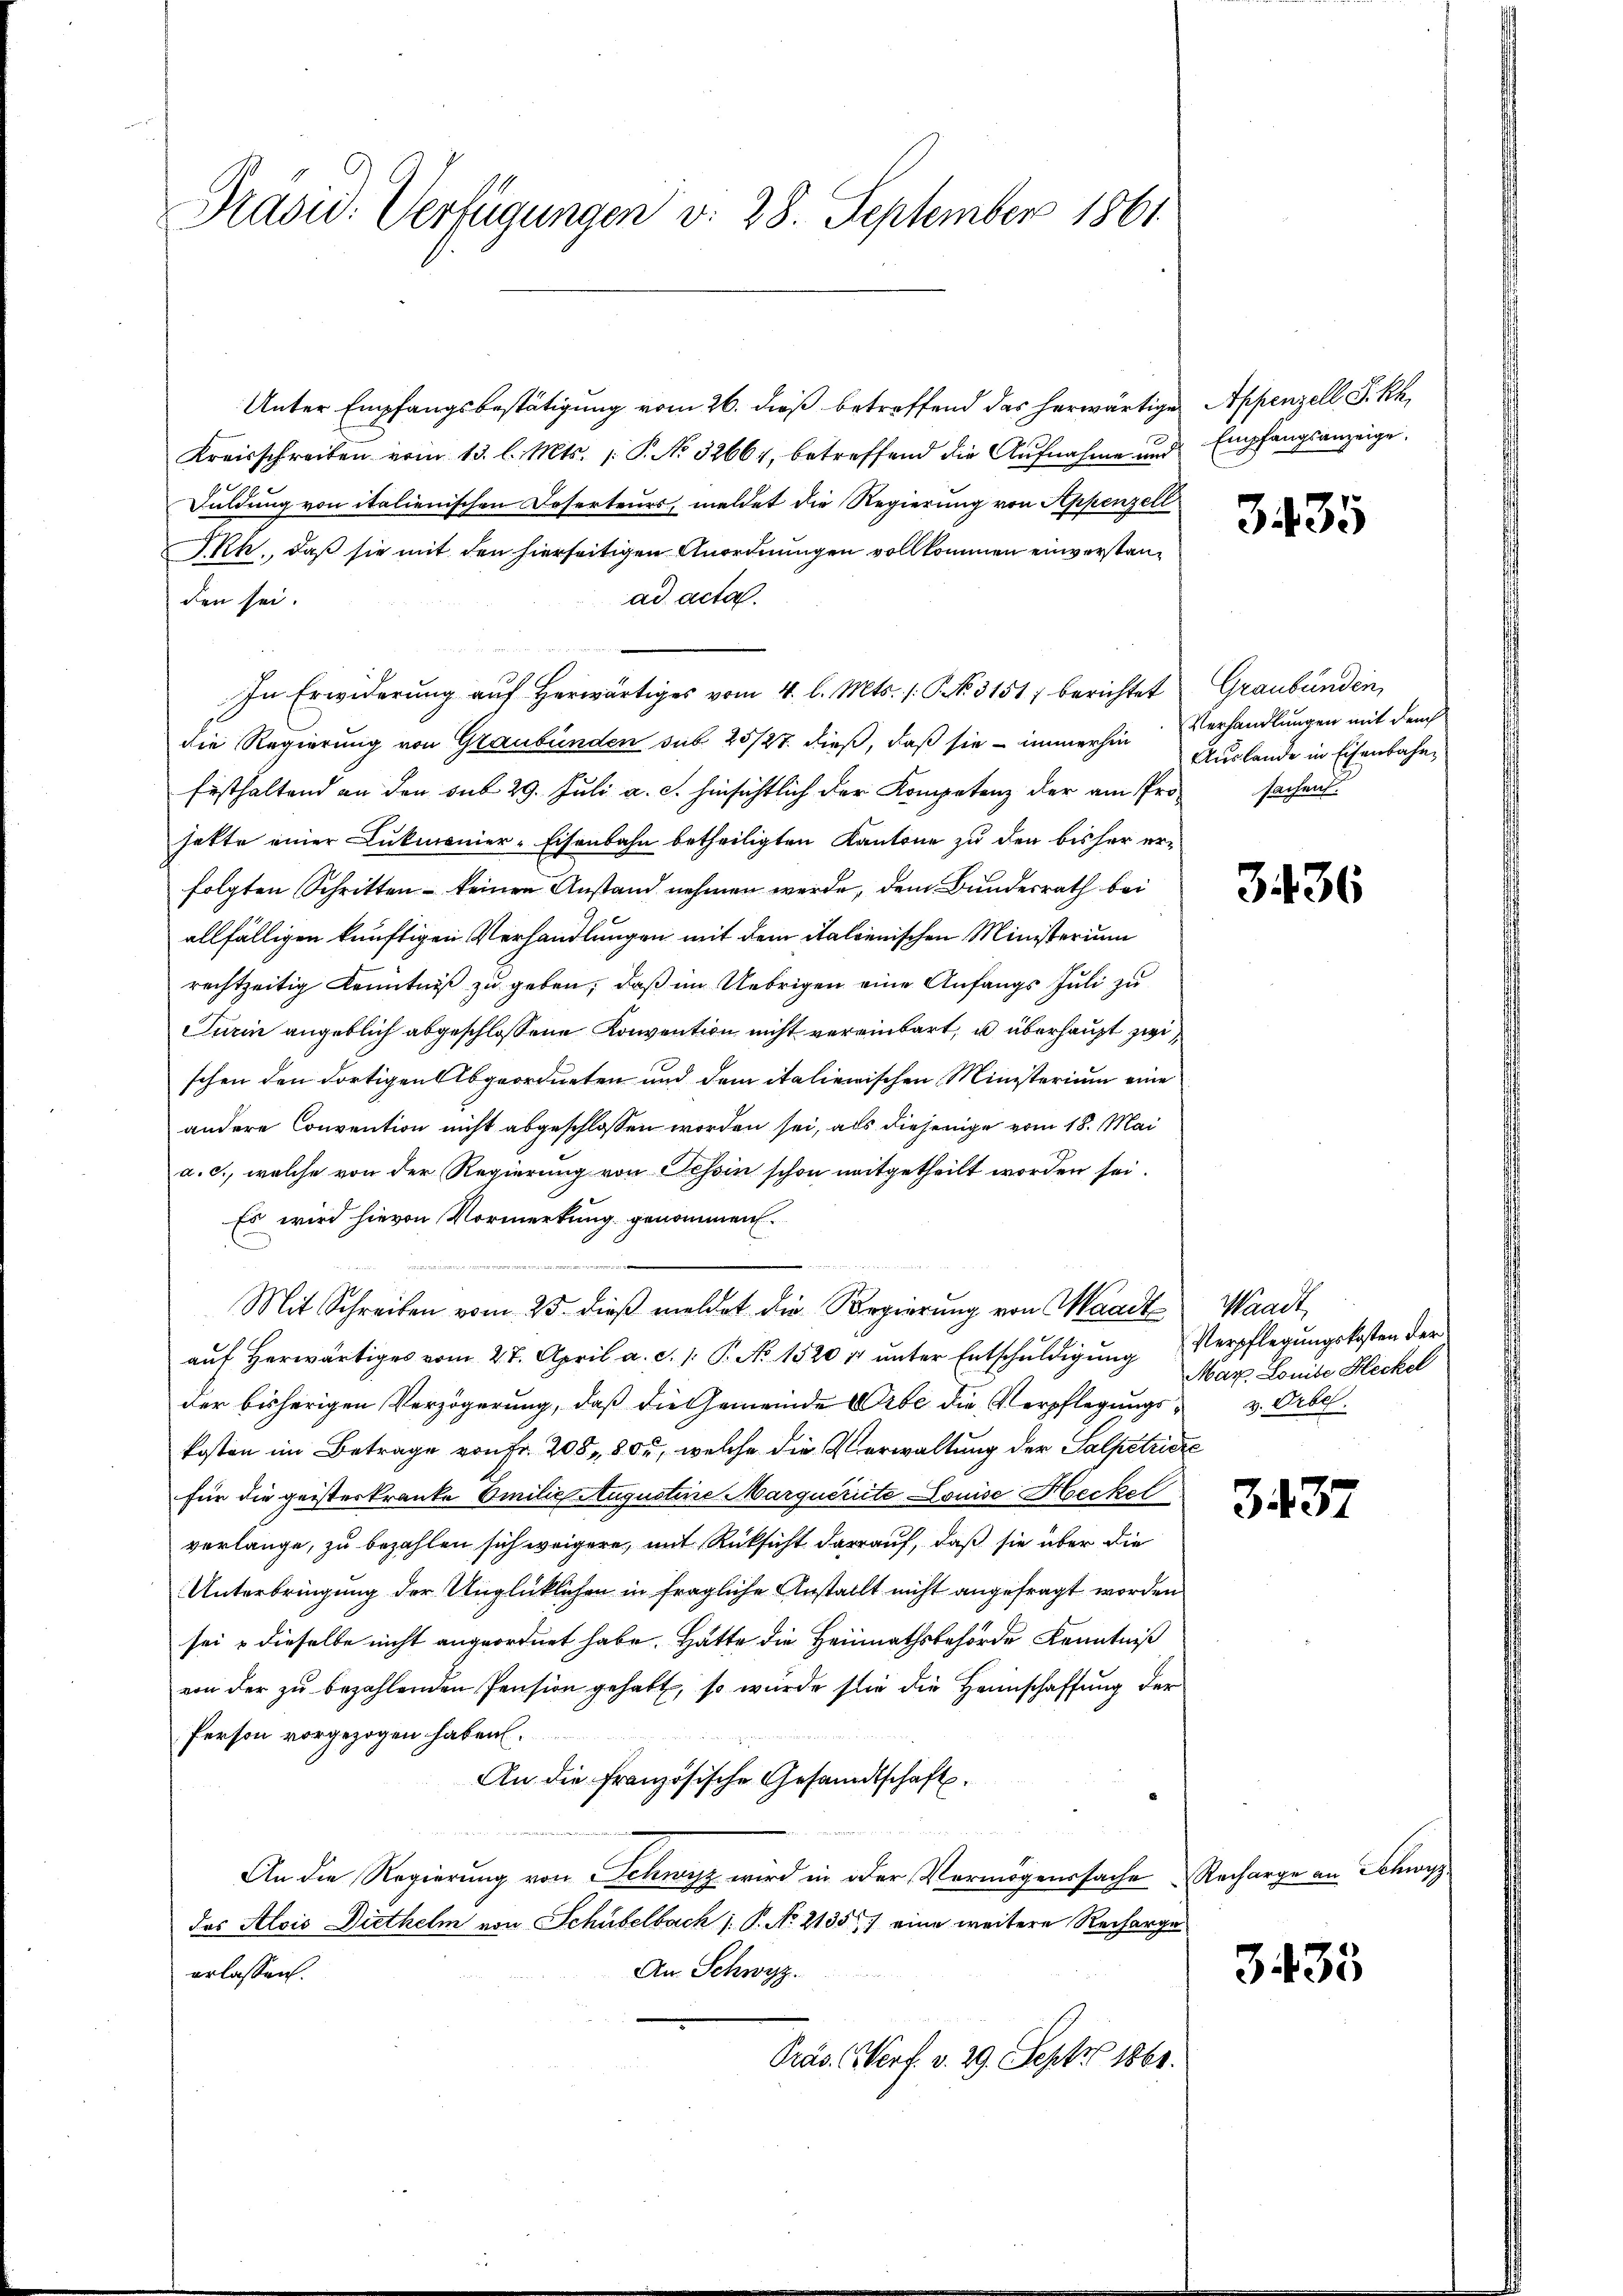
Präsid. Verfügungen d. 28. September 1861.

Unter Empfangsbestätigung vom 26. dieß betreffend das herwärtige Appenzell S. Rh.
Kreisschreiben vom 13. l. Mts. /: P. No 32664, betreffend die Aŭfnahme und Empfangsanzeige.
Fuldung von italienischen Doserteurs, meldet die Regierung von Appenzell
I.Rh., daß sie mit den hierseitigen Anordnungen vollkommen einverstanad acta.
den sei.
In Erwiderung aŭf herwärtiges vom 4. l. Mts. /: P. N. 3151 berichtet Graubünden,
die Regierung von Graubünden sub 25/27. dieß, daß sie - immerhin
Eisthaltend an den sub 29. Juli a. c. hinsichtlich der Kompetenz der am Prosachen
hatte einer Lukmanier-Eisenbahn betheiligten Kantone zu den bisher erfolgten Schritten keinen Anstand nehmen werde, dem Bundesrath bei
allfälligen künftigen Verhandlungen mit dem italienischen Ministerium
rechtzeitig Kenntniß zu geben, daß im Uebrigen eine Anfangs Juli zu
Turin angeblich abgeschlossene Konvention nicht vereinbart, u überhaupt zwischen den dortigen Abgeordneten und dem italienischen Ministerium eine
andere Convention nicht abgeschlossen worden sei, als diejenige vom 18. Mai
a. c., welche von der Regierung von Tessin schon mitgetheilt worden sei.
Es wird hievon Vormerkung genommen.
Mit Schreiben vom 25. dieß meldet die Regierung von Waadt
aŭf herwärtiges vom 27. April a. c. 1. P. No 1520 u ŭnter Entschŭldigŭng Verpflegŭngskosten der
der bisherigen Verzögerung, daß die Gemeinde Orte die Verpflegungs- u. Orbe.
kosten im Betrage von Fr. 208, 805, welche die Verwaltung der Salpetriere
für die geisteskranke Emilie Augustine Marquerite Louise Heckel
verlange, zu bezahlen sich weigere, mit Rücksicht darauf, daß sie über die
Unterbringung der Unglücklichen in fragliche Anstallt nicht angefragt worden
sei & dieselbe nicht angeordnet habe. Hätte die Heimathsbehörde Kenntniß
von der zŭ bezahlenden Pension gehabt, so würde sie die Heimschaffung der
Person vorgezogen haben.
An die französische Gesandtschaft
An die Regierung von Schwyz wird in oder Vermögenssache Recharge an Schwy
das Alois Diethelm von Schübelbach J. P. No. 21357) eine weitere Recharge
An Schwyz.
erlassen.
Präs. (Norf. v. 29. Sept 1861.

3435

Verhandlungen mit dem
Auslande in Eisenbahn¬

3436

Waadt,
Mar Louise Heckel

3437

3435